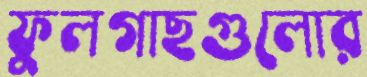
ফুলগাছগুলোর